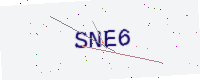
Text: SNE6